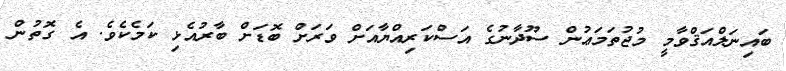
ބައިނަލްއަޤްވާމީ މުޖުތަމަޢުން ސޫދާނުގެ އަސްކަރިއްޔާއަށް ވަރަށް ބޮޑަށް ބާރުއެޅި ކަމެކެވެ. އެ ގޮތުން